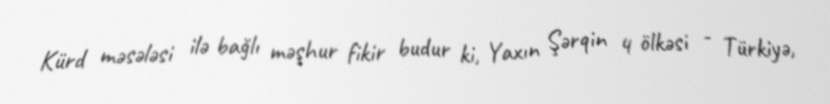
Kürd məsələsi ilə bağlı məşhur fikir budur ki, Yaxın Şərqin 4 ölkəsi - Türkiyə,